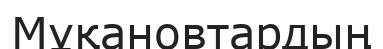
Мұқановтардың